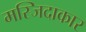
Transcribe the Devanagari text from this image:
मस्जिदाकार